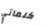
كلماتي